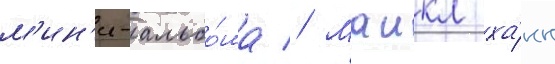
м'ин'и-альбо́ма // Маикл ха́нн